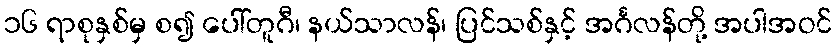
၁၆ ရာစုနှစ်မှ စ၍ ပေါ်တူဂီ၊ နယ်သာလန်၊ ပြင်သစ်နှင့် အင်္ဂလန်တို့ အပါအဝင်